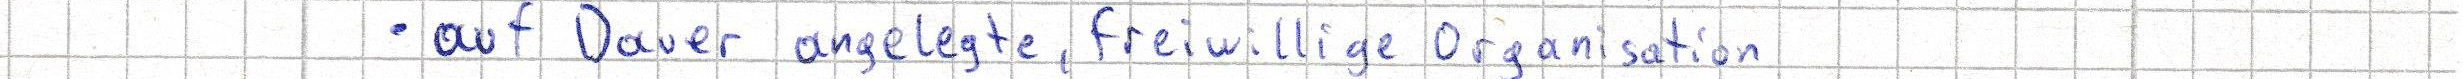
- auf Dauer angelegte, freiwillige Organisation